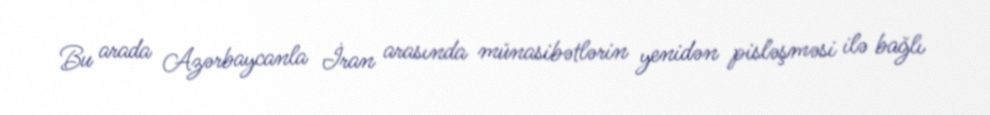
Bu arada Azərbaycanla İran arasında münasibətlərin yenidən pisləşməsi ilə bağlı